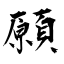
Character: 願